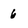
Character: 6